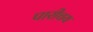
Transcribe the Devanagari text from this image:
पारीचय